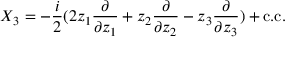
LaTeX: X _ { 3 } = - \frac { i } { 2 } ( 2 z _ { 1 } \frac { \partial } { \partial z _ { 1 } } + z _ { 2 } \frac { \partial } { \partial z _ { 2 } } - z _ { 3 } \frac { \partial } { \partial z _ { 3 } } ) + \mathrm { c . c } .